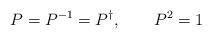
LaTeX: \begin{align*}P=P^{-1}=P^{\dagger },\qquad P^{2}=1\end{align*}